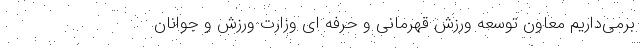
برمی‌داریم معاون توسعه ورزش قهرمانی و حرفه ای وزارت ورزش و جوانان